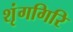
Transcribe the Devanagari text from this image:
शृंगगिरि